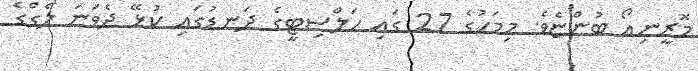
މޮރީނިއޯ ބުންޏެވެ. މިމަހުގެ 27 ގައި ހަލްސިޓީގެ ދަނޑުގައި ކުޅޭ ދެވަނަ ލެގްގެ